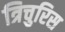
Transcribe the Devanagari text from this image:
त्रिचुरिस